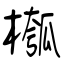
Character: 槬